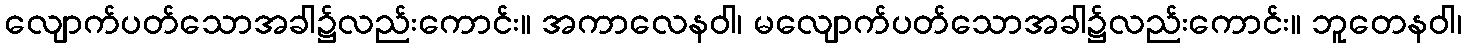
လျောက်ပတ်သောအခါ၌လည်းကောင်း။ အကာလေနဝါ၊ မလျောက်ပတ်သောအခါ၌လည်းကောင်း။ ဘူတေနဝါ၊